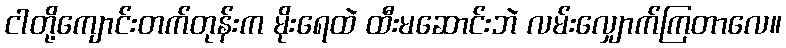
ငါတို့ကျောင်းတက်တုန်းက မိုးရေထဲ ထီးမဆောင်းဘဲ လမ်းလျှောက်ကြတာလေ။